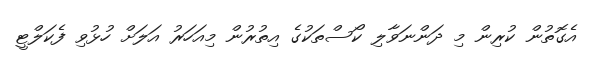
އެގޮތުން ކުރިން މި ދަންނަވާލި ކޯސްތަކުގެ އިތުރުން މިއަހަރު އަލަށް ހުޅުވި ފެކަލްޓީ